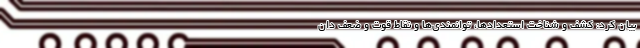
بیان کرد: کشف و شناخت استعدادها، توانمندی‌ها و نقاط قوت و ضعف دان